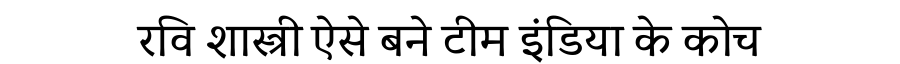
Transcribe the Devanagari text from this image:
रवि शास्त्री ऐसे बने टीम इंडिया के कोच